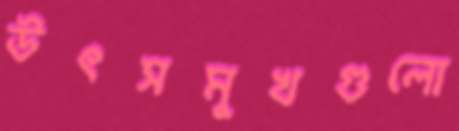
উৎসমুখগুলো